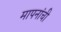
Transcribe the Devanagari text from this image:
मापनांची